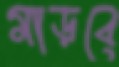
মাড়বে